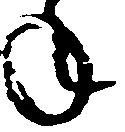
年